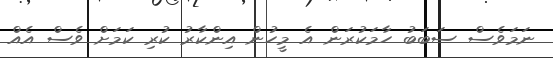
ނަމަވެސް ސަބަބު ހާމަކުރަން އެ މީހުން އިންކާރު ކުރި ކަމަށް ވެސް އެއް